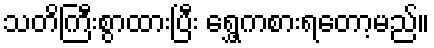
သတိကြီးစွာထားပြီး ရွှေ့ကစားရတော့မည်။